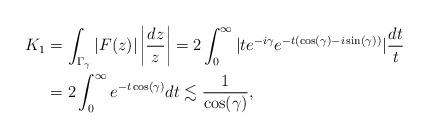
LaTeX: \begin{align*}K_1 &=\int_{\Gamma_\gamma}|F(z)|\left|\frac{dz}{z}\right|=2\int_0^\infty |te^{-i\gamma}e^{-t(\cos(\gamma)-i\sin(\gamma))}|\frac{dt}{t}\\&=2\int_0^\infty e^{-t\cos(\gamma)}dt\lesssim \frac{1}{\cos(\gamma)},\end{align*}